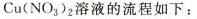
Cu(NO_{3})_{2}溶液的流程如下：